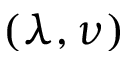
( \lambda , \nu )